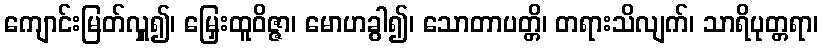
ကျောင်းမြတ်လှူ၍၊ မြှေးထူဝိဇ္ဇာ၊ မောဟခွါ၍၊ သောတာပတ္တိ၊ တရားသိလျက်၊ သာရိပုတ္တရာ၊